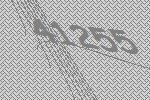
41255